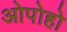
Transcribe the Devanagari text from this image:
ओपोहो